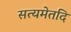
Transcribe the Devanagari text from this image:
सत्यमेतदि